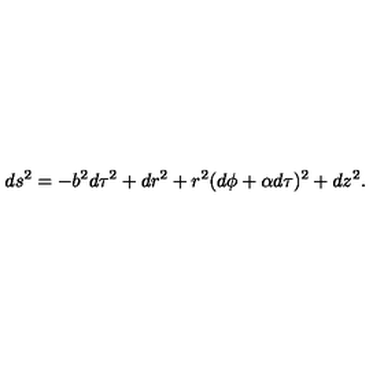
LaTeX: d s ^ { 2 } = - b ^ { 2 } d \tau ^ { 2 } + d r ^ { 2 } + r ^ { 2 } ( d \phi + \alpha d \tau ) ^ { 2 } + d z ^ { 2 } \space .